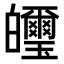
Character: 𤿂